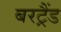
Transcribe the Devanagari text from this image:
बरट्रैंड